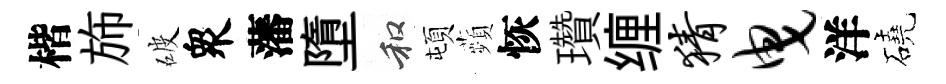
楷斾破衆藩墮和頓蘋恢瓚缠猜曳洋磽